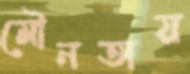
মৌনতায়